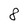
Character: 8